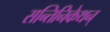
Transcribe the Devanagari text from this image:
सन्तिनिकेथन्